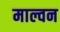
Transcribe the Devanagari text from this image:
माल्वन